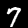
Digit: 7